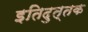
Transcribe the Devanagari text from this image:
इतिदुत्तक